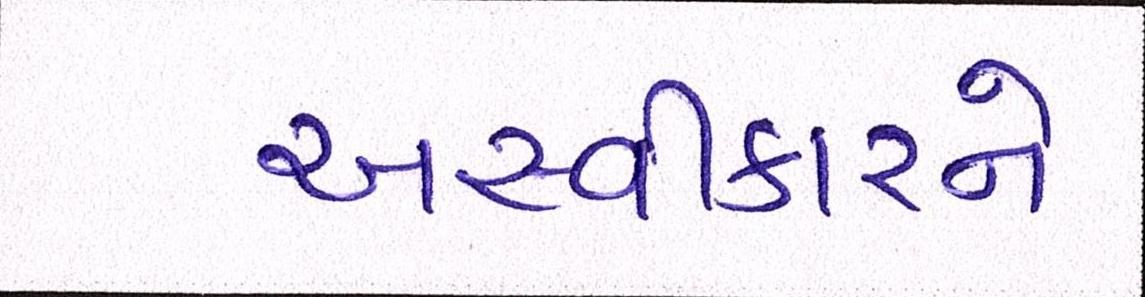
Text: અસ્વીકારને